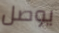
يوصل